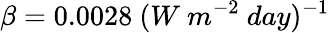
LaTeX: \beta=0.0028~(W~m^{-2}~day)^{-1}